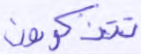
تتذكرون